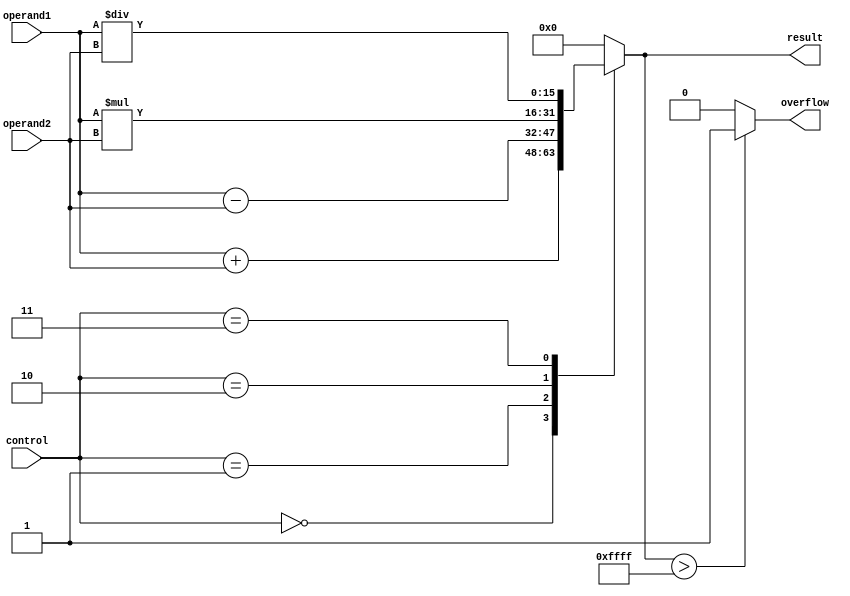
module ALU (
    input [15:0] operand1,
    input [15:0] operand2,
    input [3:0] control,
    output reg [15:0] result,
    output reg overflow
);

always @(*) begin
    case(control)
        4'b0000: result = operand1 + operand2; // adder
        4'b0001: result = operand1 - operand2; // subtractor
        4'b0010: result = operand1 * operand2; // multiplier
        4'b0011: result = operand1 / operand2; // divider
        default: result = 16'h0000; // default case
    endcase
    if(result > 16'hFFFF) overflow = 1;
    else overflow = 0;
end

endmodule